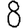
Digit: 8